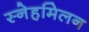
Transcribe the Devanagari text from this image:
स्नेहमिलन